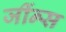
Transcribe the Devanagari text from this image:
जींन्स